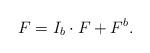
LaTeX: \begin{align*}F = I_b\cdot F + F^b.\end{align*}